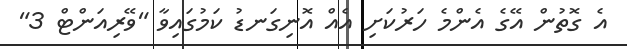
އެ ގޮތުން އޭގެ އެންމެ ހަރުކަށި އެއް އޮނިގަނޑު ކަމުގައިވާ "ވޭރިއަންޓް 3"